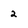
Character: 2